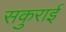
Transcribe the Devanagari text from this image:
सकुराई